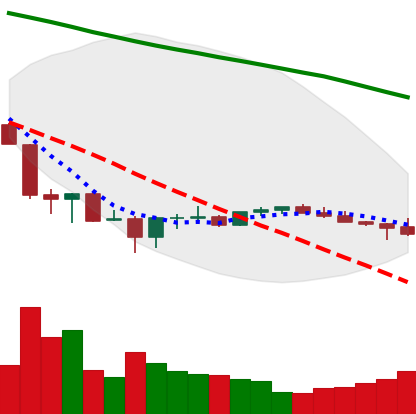
Ticker: BTC-USD
Chart end date: 2022-07-01
Forward return: 6.637%
Label: up_5_7